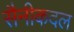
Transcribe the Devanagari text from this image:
सैनीकदल